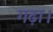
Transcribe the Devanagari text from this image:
गढ़ा।